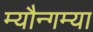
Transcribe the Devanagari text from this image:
म्यौन्गम्या